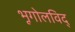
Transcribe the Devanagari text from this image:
भूगोलविद्